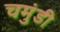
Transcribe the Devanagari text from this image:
चमुंडी